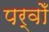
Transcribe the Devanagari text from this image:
पर्वोँ